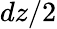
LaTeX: dz/2